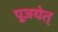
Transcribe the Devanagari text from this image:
पूजयेत्